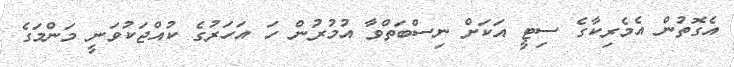
އެގޮތުން އެމެރިކާގެ ސިޓީ އަކަށް ނިސްބަތްވާ އުމުރުން ހަ އަހަރުގެ ކުއްޖަކުވަނީ މަންމަގެ